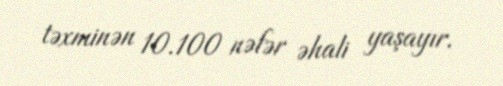
təxminən 10.100 nəfər əhali yaşayır.